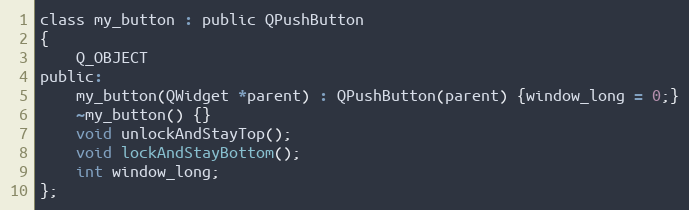
Language: C
class my_button : public QPushButton
{
    Q_OBJECT
public:
    my_button(QWidget *parent) : QPushButton(parent) {window_long = 0;}
    ~my_button() {}
    void unlockAndStayTop();
    void lockAndStayBottom();
    int window_long;
};